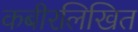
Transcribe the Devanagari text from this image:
कबीरलिखित